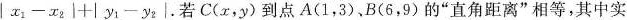
$$|x_{1}-x_{2}|+|y_{1}-y_{2}|$$.若C(x，y)到点A(1，3)、B(6，9)的”直角距离”相等，其中实